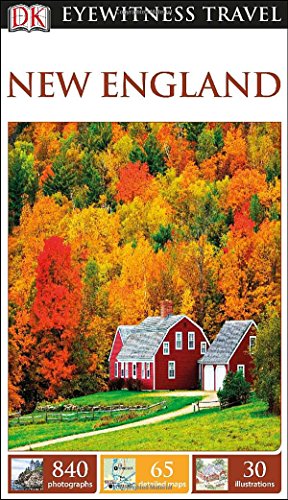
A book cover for DK Eyewitness Travel Guide: New England; DK Publishing; Travel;